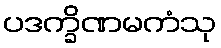
ပဒက္ခိဏမကံသု